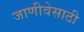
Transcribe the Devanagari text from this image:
जाणीवेसाठी